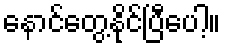
နောင်တွေ့နိုင်ပြီပေါ့။